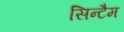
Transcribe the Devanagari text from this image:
सिन्टैम